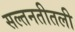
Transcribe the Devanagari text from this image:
सल्तनतीतली